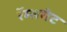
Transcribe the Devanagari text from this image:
रॅम्सगेट